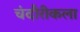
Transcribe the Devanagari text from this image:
चंदौरीकला